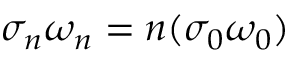
\sigma _ { n } \omega _ { n } = n ( \sigma _ { 0 } \omega _ { 0 } )